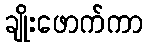
ချိုးဖောက်ကာ